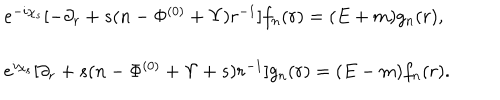
LaTeX: \begin{array} { l } { { e ^ { - i \chi _ { s } } [ - \partial _ { r } + s ( n - \Phi ^ { ( 0 ) } + \Upsilon ) r ^ { - 1 } ] f _ { n } ( r ) = ( E + m ) g _ { n } ( r ) , } } \\ { { e ^ { i \chi _ { s } } [ \partial _ { r } + s ( n - \Phi ^ { ( 0 ) } + \Upsilon + s ) r ^ { - 1 } ] g _ { n } ( r ) = ( E - m ) f _ { n } ( r ) . } } \\ \end{array}